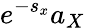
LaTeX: e^{-s_{x}}a_{X}